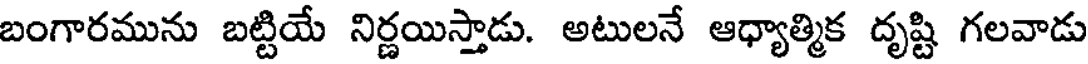
బంగారమును బట్టియే నిర్ణయిస్తాడు. అటులనే ఆధ్యాత్మిక దృష్టి గలవాడు